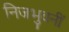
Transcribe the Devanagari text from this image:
निजभुवनीं